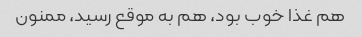
هم غذا خوب بود، هم به موقع رسید، ممنون